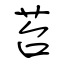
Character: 苔